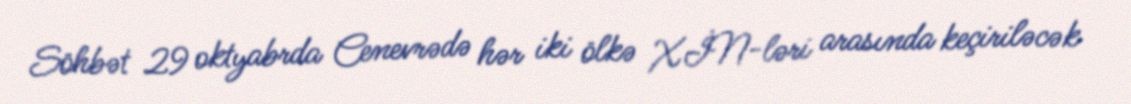
Söhbət 29 oktyabrda Cenevrədə hər iki ölkə XİN-ləri arasında keçiriləcək